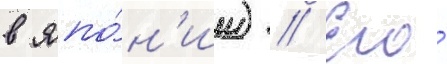
в япо́н'ии) // Его́